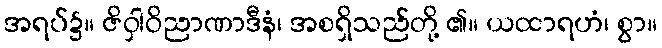
အရပ်၌။ ဇိဝှါဝိညာဏာဒီနံ၊ အစရှိသည်တို့ ၏။ ယထာရဟံ၊ စွာ။